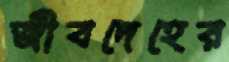
জীবদেহের